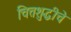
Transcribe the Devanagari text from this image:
चित्तशुद्धीचे